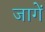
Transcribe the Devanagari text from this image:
जागें